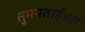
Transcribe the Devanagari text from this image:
सुमनताईच्या